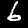
Digit: 6